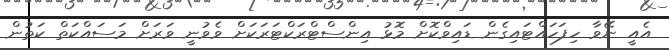
އެއީ ނޭވާ ހިފަހައްޓައިގެން ޑައިވްކޮށް މޮޅު އިންސްޓްރަކްޓަރަކަށް ވެވުނީ ވަރަށް މަސައްކަތް ކަތުން